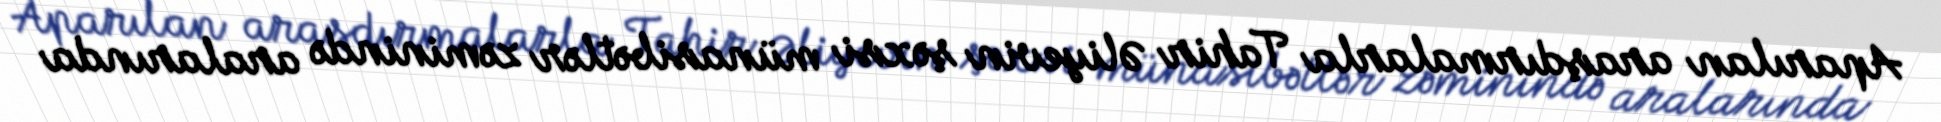
Aparılan araşdırmalarla Tahir Əliyevin şəxsi münasibətlər zəminində aralarında